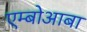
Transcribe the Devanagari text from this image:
एम्बोआबा